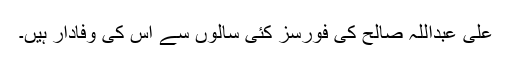
علی عبداللہ صالح کی فورسز کئی سالوں سے اس کی وفادار ہیں۔